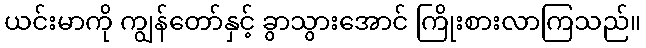
ယင်းမာကို ကျွန်တော်နှင့် ခွာသွားအောင် ကြိုးစားလာကြသည်။